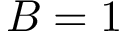
B = 1